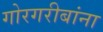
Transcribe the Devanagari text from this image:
गोरगरीबांना